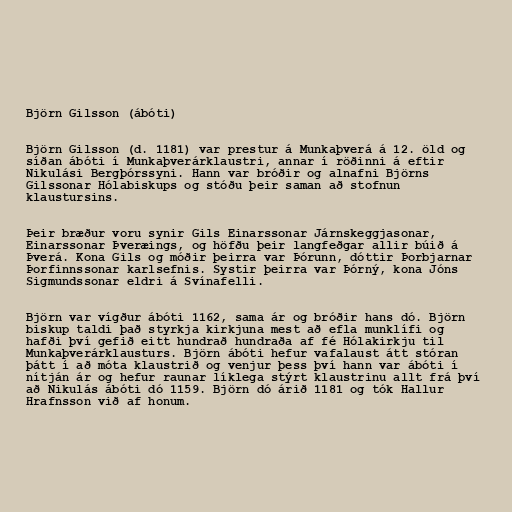
Björn Gilsson (ábóti)

Björn Gilsson (d. 1181) var prestur á Munkaþverá á 12. öld og
síðan ábóti í Munkaþverárklaustri, annar í röðinni á eftir
Nikulási Bergþórssyni. Hann var bróðir og alnafni Björns
Gilssonar Hólabiskups og stóðu þeir saman að stofnun
klaustursins.

Þeir bræður voru synir Gils Einarssonar Járnskeggjasonar,
Einarssonar Þveræings, og höfðu þeir langfeðgar allir búið á
Þverá. Kona Gils og móðir þeirra var Þórunn, dóttir Þorbjarnar
Þorfinnssonar karlsefnis. Systir þeirra var Þórný, kona Jóns
Sigmundssonar eldri á Svínafelli.

Björn var vígður ábóti 1162, sama ár og bróðir hans dó. Björn
biskup taldi það styrkja kirkjuna mest að efla munklífi og
hafði því gefið eitt hundrað hundraða af fé Hólakirkju til
Munkaþverárklausturs. Björn ábóti hefur vafalaust átt stóran
þátt í að móta klaustrið og venjur þess því hann var ábóti í
nítján ár og hefur raunar líklega stýrt klaustrinu allt frá því
að Nikulás ábóti dó 1159. Björn dó árið 1181 og tók Hallur
Hrafnsson við af honum.